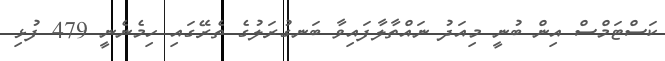
ކަސްޓަމްސް އިން ބުނީ މިއަދު ނައްތާލާފައިވާ ބަނގުރަލުގެ ތެރޭގައި ހިމެނެނީ 479 ފުޅި